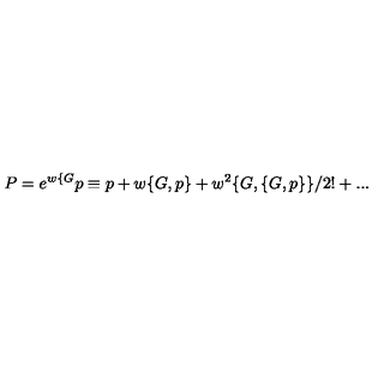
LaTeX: P = e ^ { w \{ G } p \equiv p + w \{ G , p \} + w ^ { 2 } \{ G , \{ G , p \} \} / 2 ! + . . .